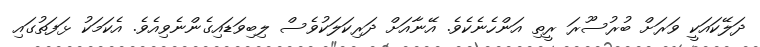
ދަލޭކައަކީ ވަރަށް ބުރުސޫރަ ރީތި އަންހެނެކެވެ. އޭނާއަށް ދަރިކަލަކުވެސް ލިބިވަޑައިގެންނެވިއެވެ. އެކަމަކު ޅަފަތުގައި